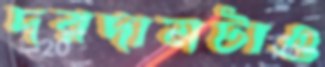
দরদামটাও